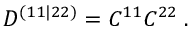
{ \cal D } ^ { ( 1 1 | 2 2 ) } = { \cal C } ^ { 1 1 } { \cal C } ^ { 2 2 } \; .